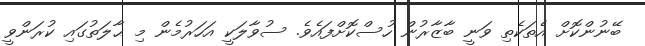
ބޭނުންކޮށް އެތަކެތި ވަނީ ބާޒާރުން ހުސްކޮށްފައެވެ. ސުވާލަކީ އަހަރުމެން މި ޙާލަތުގައި ކުރަންވީ